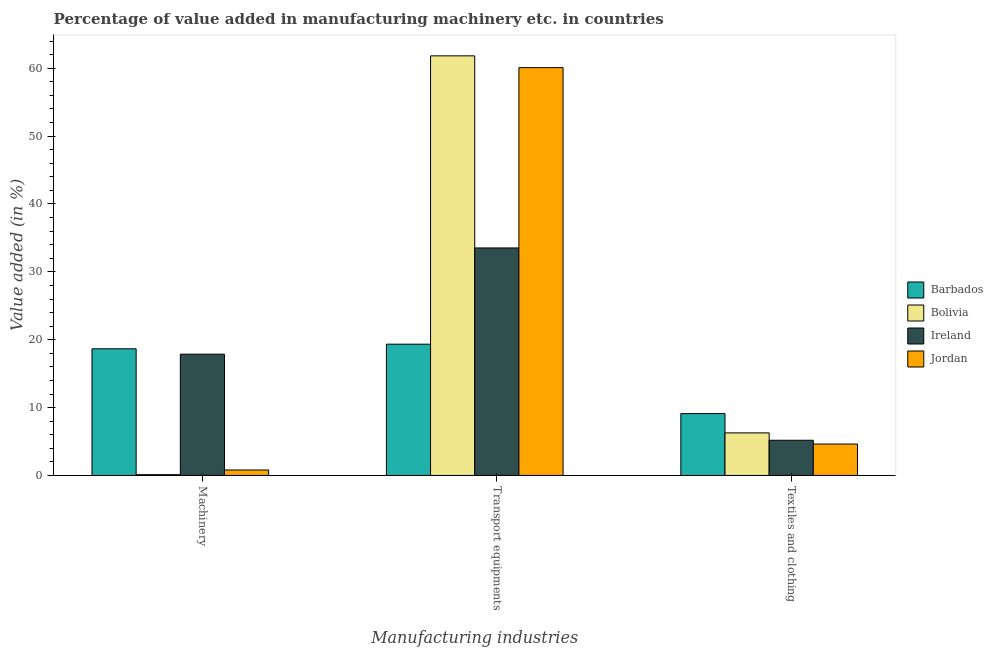
| Manufacturing industries | Barbados | Bolivia | Ireland | Jordan |
 | --- | --- | --- | --- | --- |
 | Machinery | 18.7 | 0.113 | 17.9 | 0.804 |
 | Transport equipments | 19.3 | 61.8 | 33.5 | 60.1 |
 | Textiles and clothing | 9.11 | 6.27 | 5.18 | 4.63 |